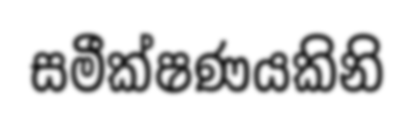
සමීක්ෂණයකිනි